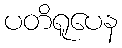
ပတိရူပေန